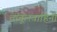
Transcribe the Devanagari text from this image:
तांबूलवाहिनी